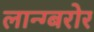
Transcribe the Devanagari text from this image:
लान्ग्बरोर